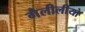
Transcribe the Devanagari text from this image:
गैलीलीयो